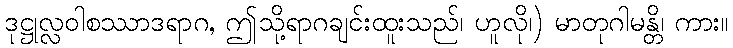
ဒုဋ္ဌုလ္လဝါစဿာဒရာဂ, ဤသို့ရာဂချင်းထူးသည်၊ ဟူလို၊) မာတုဂါမန္တိ၊ ကား။